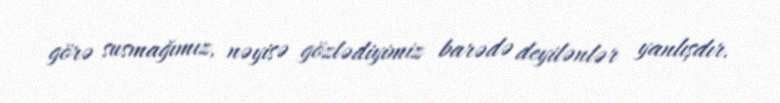
görə susmağımız, nəyisə gözlədiyimiz barədə deyilənlər yanlışdır.